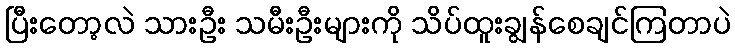
ပြီးတော့လဲ သားဦး သမီးဦးများကို သိပ်ထူးချွန်စေချင်ကြတာပဲ